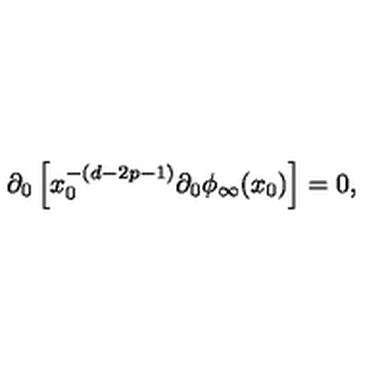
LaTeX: \partial _ { 0 } \left[ x _ { 0 } ^ { - ( d - 2 p - 1 ) } \partial _ { 0 } \phi _ { \infty } ( x _ { 0 } ) \right] = 0 ,